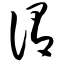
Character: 谓